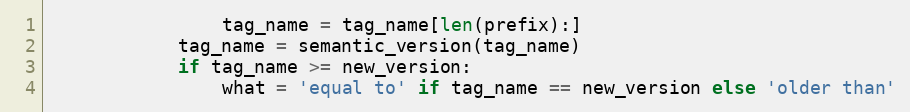
Language: Python
                tag_name = tag_name[len(prefix):]
            tag_name = semantic_version(tag_name)
            if tag_name >= new_version:
                what = 'equal to' if tag_name == new_version else 'older than'